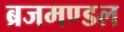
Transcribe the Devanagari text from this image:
ब्रजमण्डल